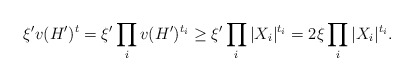
\begin{align*} \xi' v(H')^t = \xi' \prod_i v(H')^{t_i} \geq \xi' \prod_i |X_i|^{t_i} = 2\xi \prod_i |X_i|^{t_i}.\end{align*}